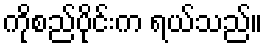
ကိုစည်ပိုင်းက ရယ်သည်။